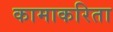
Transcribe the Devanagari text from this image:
कामाकरिता